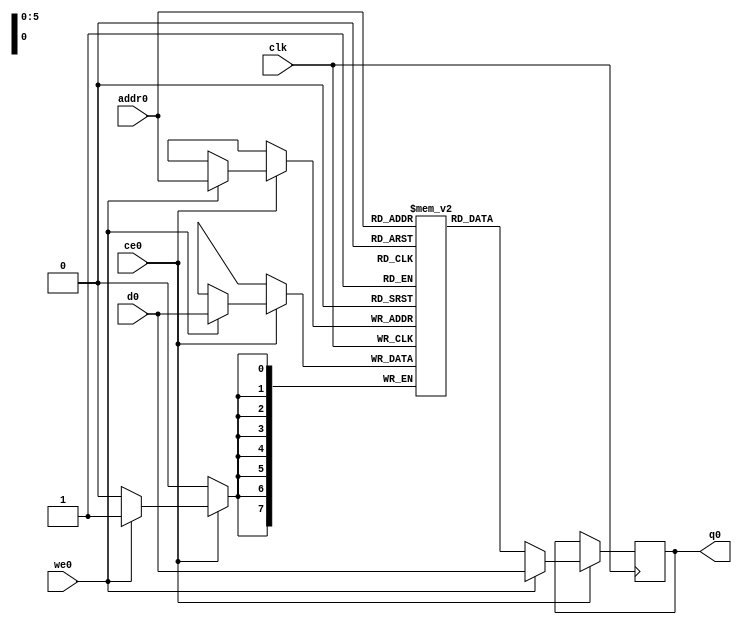
// ==============================================================
// File generated by Vivado(TM) HLS - High-Level Synthesis from C, C++ and SystemC
// Version: 2018.2
// Copyright (C) 1986-2018 Xilinx, Inc. All Rights Reserved.
// 
// ==============================================================

`timescale 1 ns / 1 ps
module matrix_multiply_tekP_ram (addr0, ce0, d0, we0, q0,  clk);

parameter DWIDTH = 8;
parameter AWIDTH = 6;
parameter MEM_SIZE = 64;

input[AWIDTH-1:0] addr0;
input ce0;
input[DWIDTH-1:0] d0;
input we0;
output reg[DWIDTH-1:0] q0;
input clk;

(* ram_style = "distributed" *)reg [DWIDTH-1:0] ram[0:MEM_SIZE-1];




always @(posedge clk)  
begin 
    if (ce0) 
    begin
        if (we0) 
        begin 
            ram[addr0] <= d0; 
            q0 <= d0;
        end 
        else 
            q0 <= ram[addr0];
    end
end


endmodule


`timescale 1 ns / 1 ps
module matrix_multiply_tekP(
    reset,
    clk,
    address0,
    ce0,
    we0,
    d0,
    q0);

parameter DataWidth = 32'd8;
parameter AddressRange = 32'd64;
parameter AddressWidth = 32'd6;
input reset;
input clk;
input[AddressWidth - 1:0] address0;
input ce0;
input we0;
input[DataWidth - 1:0] d0;
output[DataWidth - 1:0] q0;



matrix_multiply_tekP_ram matrix_multiply_tekP_ram_U(
    .clk( clk ),
    .addr0( address0 ),
    .ce0( ce0 ),
    .we0( we0 ),
    .d0( d0 ),
    .q0( q0 ));

endmodule